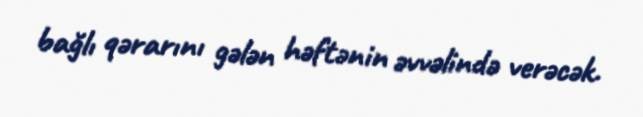
bağlı qərarını gələn həftənin əvvəlində verəcək.